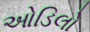
ઓડિલો